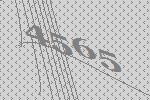
4565